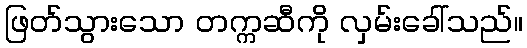
ဖြတ်သွားသော တက္ကဆီကို လှမ်းခေါ်သည်။